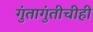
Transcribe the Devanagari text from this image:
गुंतागुंतीचीही